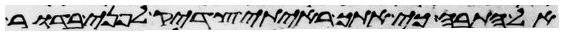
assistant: אל התבה כי אתך ראיתי צדיק לפני בדור